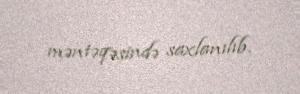
məntəqəsində saxlanılıb.